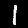
Label: 1